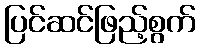
ပြင်ဆင်ဖြည့်စွက်